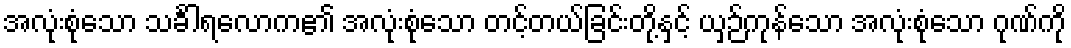
အလုံးစုံသော သင်္ခါရလောက၏ အလုံးစုံသော တင့်တယ်ခြင်းတို့နှင့် ယှဉ်ကုန်သော အလုံးစုံသော ဂုဏ်ကို